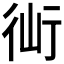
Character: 𧗣